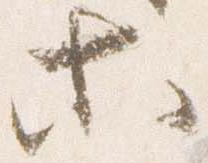
等